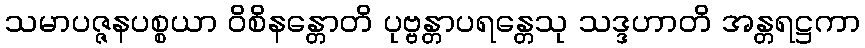
သမာပဇ္ဇနပစ္စယာ ဝိစိနန္တောတိ ပုဗ္ဗန္တာပရန္တေသု သဒ္ဒဟာတိ အန္တရဋ္ဌကာ